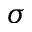
\sigma